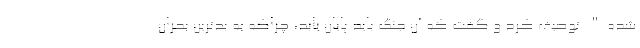
شده" توصیف کرد و گفت که آن جنگ باید پایان یابد،‌ چراکه به بدترین بحران